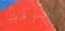
للوقت